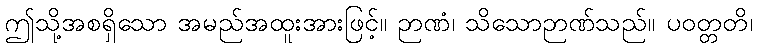
ဤသို့အစရှိသော အမည်အထူးအားဖြင့်။ ဉာဏံ၊ သိသောဉာဏ်သည်။ ပဝတ္တတိ၊